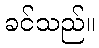
ခင်သည်။